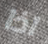
اذا